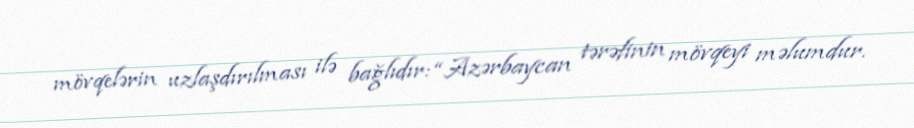
mövqelərin uzlaşdırılması ilə bağlıdır: “Azərbaycan tərəfinin mövqeyi məlumdur.